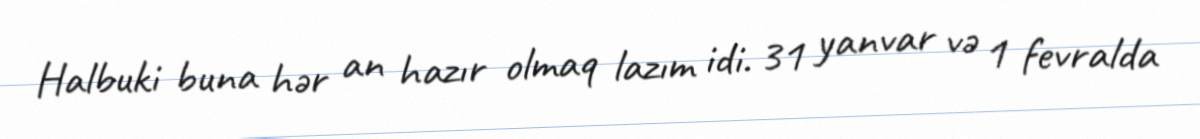
Halbuki buna hər an hazır olmaq lazım idi. 31 yanvar və 1 fevralda